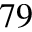
^ { 7 9 }